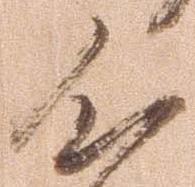
心